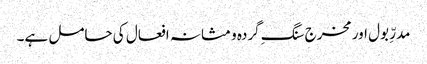
مدرِّ بول اور مخرج سنگِ گردہ و مثانہ افعال کی حامل ہے۔